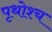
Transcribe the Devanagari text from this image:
पृथोश्च